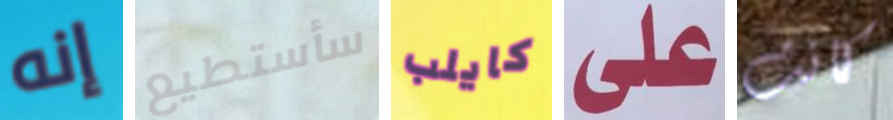
إنه سأستطيع كايلب على كانت